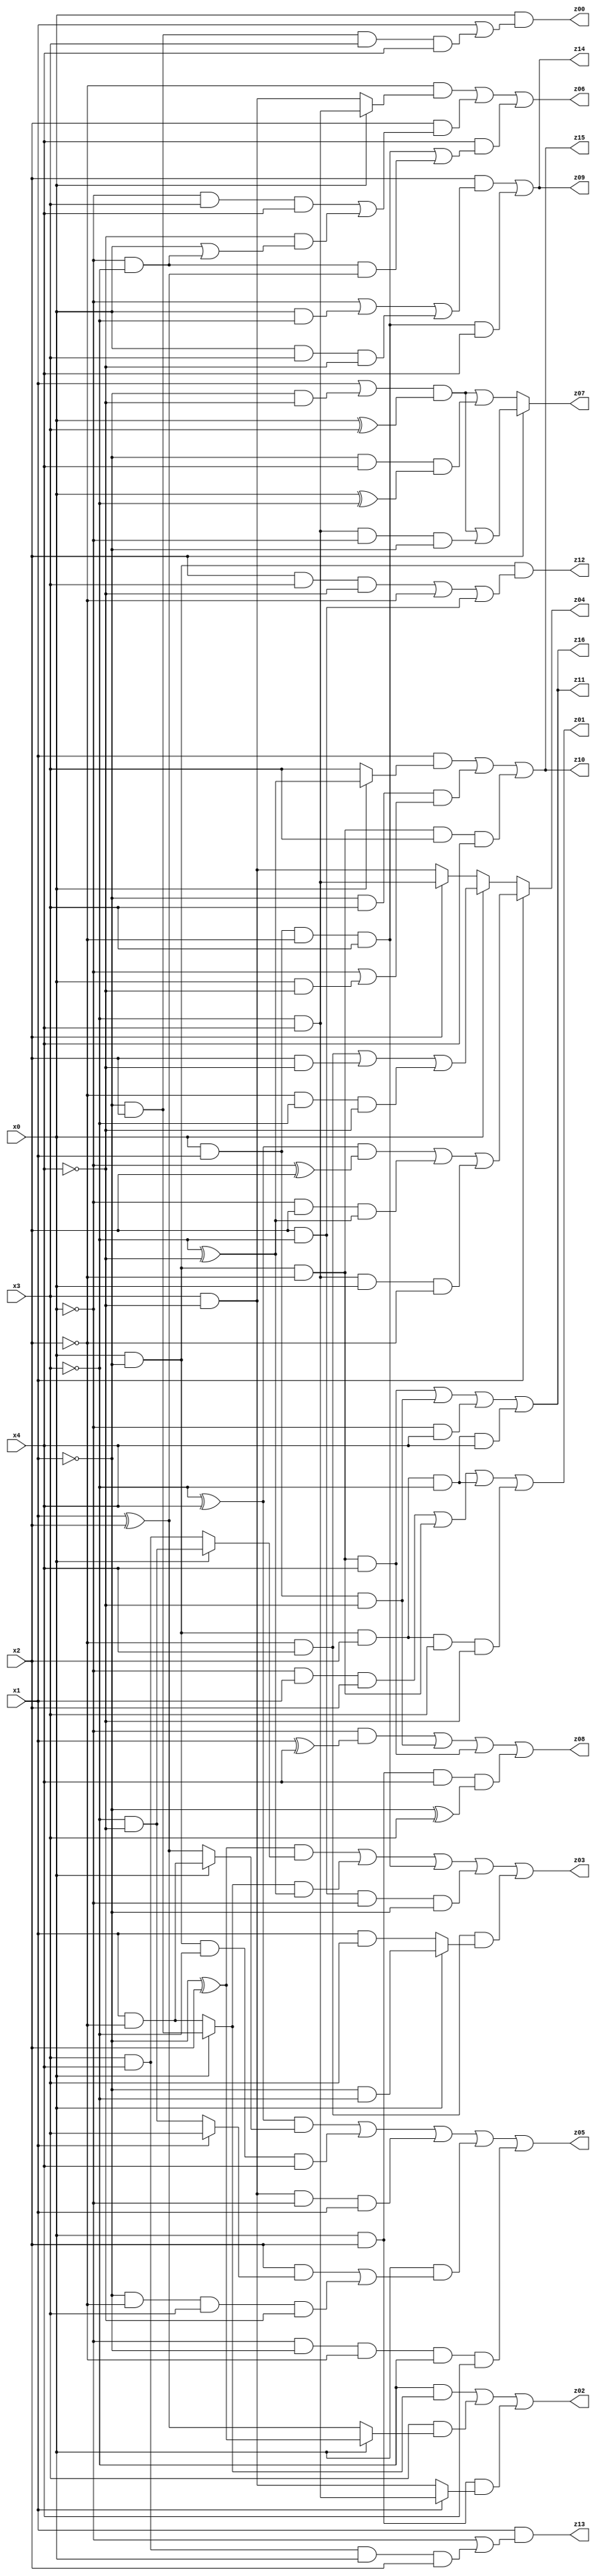
// Benchmark "q_2" written by ABC on Sat Jul 08 02:32:35 2023

module q_2 ( 
    x0, x1, x2, x3, x4,
    z00, z01, z02, z03, z04, z05, z06, z07, z08, z09, z10, z11, z12, z13,
    z14, z15, z16  );
  input  x0, x1, x2, x3, x4;
  output z00, z01, z02, z03, z04, z05, z06, z07, z08, z09, z10, z11, z12, z13,
    z14, z15, z16;
  assign z00 = x0 & (x1 | (~x1 & x2 & x3 & x4));
  assign z01 = (~x0 & x1 & x2) | (x0 & ~x1 & ~x2) | (x0 & ~x1 & x2 & ~x3) | (x0 & ~x1 & x2 & x3 & ~x4);
  assign z02 = (~x3 & (x0 ? (~x1 & x2) : (x1 & ~x2))) | (x3 & (x0 ? (~x1 ^ x2) : (x1 ^ x2))) | (x0 & x2 & (x1 ? (~x3 & x4) : (x3 & ~x4)));
  assign z03 = ((~x1 ^ x2) & (x0 ? (~x3 & ~x4) : (x3 & x4))) | ((x0 ? (~x1 & x2) : (x1 & ~x2)) & (~x3 ^ ~x4)) | (x0 & x1 & ~x2 & x3) | (x2 & ~x3 & ~x0 & ~x1) | (~x2 & x4 & (x0 ? (~x1 & ~x3) : (x1 & x3)));
  assign z04 = x1 ? (((~x3 ^ x4) & (~x0 ^ x2)) | (~x0 & x2 & (~x3 ^ ~x4)) | (~x3 & x4 & x0 & ~x2)) : (x0 ? ((~x2 & x4) | (x2 & ~x4) | (~x2 & ~x3 & ~x4)) : (x2 ? (~x3 & x4) : (x3 & ~x4)));
  assign z05 = ((~x3 ^ x4) & (x0 ? (x1 & ~x2) : (x1 ^ x2))) | (x0 & ~x1 & ~x3 & x4) | (x3 & ~x4 & ~x0 & x1) | (x0 & ((x2 & (x1 ? x3 : (~x3 & ~x4))) | (~x1 & ~x2 & x3 & ~x4))) | (~x0 & ~x1 & ~x2 & ~x3 & x4);
  assign z06 = (~x2 & (x0 ? (~x3 & x4) : (x3 & ~x4))) | (x2 & ((~x0 & x3 & x4) | (~x4 & (x0 | (~x0 & ~x3))))) | (x4 & ((x0 & x1 & ~x2 & x3) | (~x0 & ~x3 & (x1 ^ x2))));
  assign z07 = x2 ? (((x1 | (~x1 & ~x4)) & (x0 ^ x3)) | (~x3 & x4 & ~x0 & ~x1)) : (((x1 | (~x1 & ~x4)) & (x0 ^ x3)) | (~x1 & x4 & (x0 ^ ~x3)));
  assign z08 = (~x0 & (x1 ^ x4)) | (x0 & x1 & ~x4) | (x0 & ~x1 & ~x2 & x4) | (x0 & x2 & x4 & (~x1 ^ x3));
  assign z09 = (x2 & (~x0 | (x0 & ~x3) | (x0 & x3 & ~x4))) | (x0 & x1 & ~x2 & x3 & x4);
  assign z10 = (x1 & (x0 ? (~x3 ^ ~x4) : x3)) | (~x1 & x3 & (~x0 | (x0 & ~x4))) | (x0 & ~x1 & ~x2 & x3 & x4);
  assign z11 = (x0 & ~x1 & ~x2 & x4) | (x0 & x1 & ~x4) | (~x0 & x4) | (x0 & ~x1 & x2 & ~x3 & x4);
  assign z12 = x0 & ~x1 & ((x2 & x3 & ~x4) | ~x2 | (x2 & ~x3));
  assign z13 = x1 & (~x0 | (x3 & x4 & x0 & x2));
  assign z14 = (x2 & (~x0 | (x0 & ~x3) | (x0 & x3 & ~x4))) | (x0 & x1 & ~x2 & x3 & x4);
  assign z15 = (x1 & (x0 ? (~x3 ^ ~x4) : x3)) | (~x1 & x3 & (~x0 | (x0 & ~x4))) | (x0 & ~x1 & ~x2 & x3 & x4);
  assign z16 = (x0 & ~x1 & ~x2 & x4) | (x0 & x1 & ~x4) | (~x0 & x4) | (x0 & ~x1 & x2 & ~x3 & x4);
endmodule